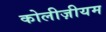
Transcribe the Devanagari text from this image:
कोलीज़ीयम